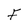
Character: F